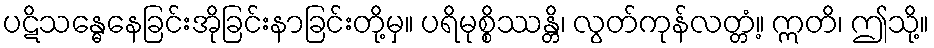
ပဋိသန္ဓေနေခြင်းအိုခြင်းနာခြင်းတို့မှ။ ပရိမုစ္စိဿန္တိ၊ လွတ်ကုန်လတ္တံ့။ ဣတိ၊ ဤသို့။